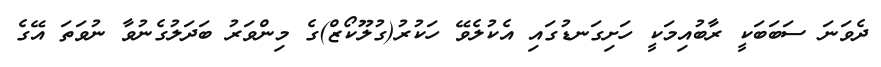
ދެވަނަ ސަބަބަކީ ރާބުއިމަކީ ހަށިގަނޑުގައި އެކުލެވޭ ހަކުރު(ގުލޫކޯޒް)ގެ މިންވަރު ބަދަލުގެނުވާ ނުވަތަ އޭގެ